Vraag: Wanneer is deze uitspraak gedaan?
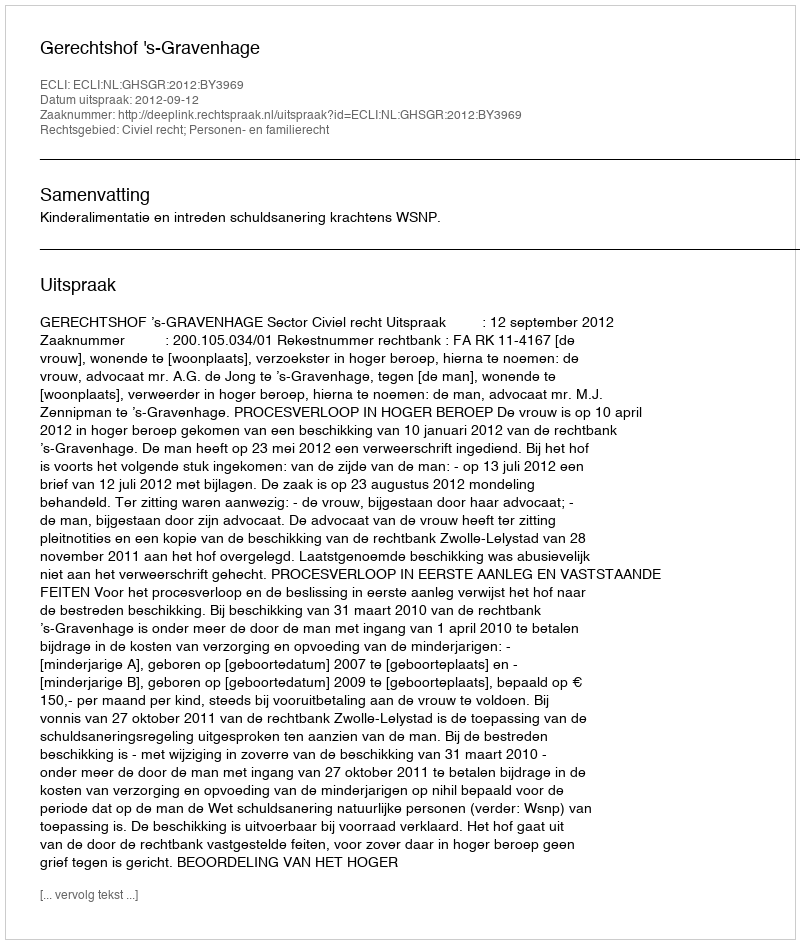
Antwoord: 2012-09-12